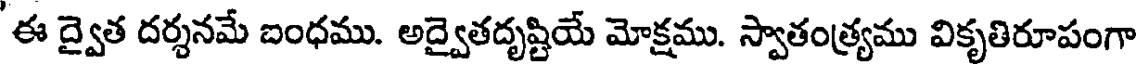
ఈ ద్వైత దర్శనమే బంధము. అద్వైతదృష్టియే మోక్షము. స్వాతంత్ర్యము వికృతిరూపంగా